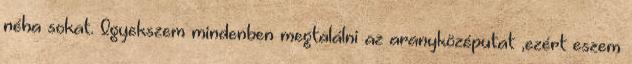
néha sokat. Igyekszem mindenben megtalálni az aranyközéputat ,ezért eszem